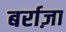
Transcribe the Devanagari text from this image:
बर्राज़ा